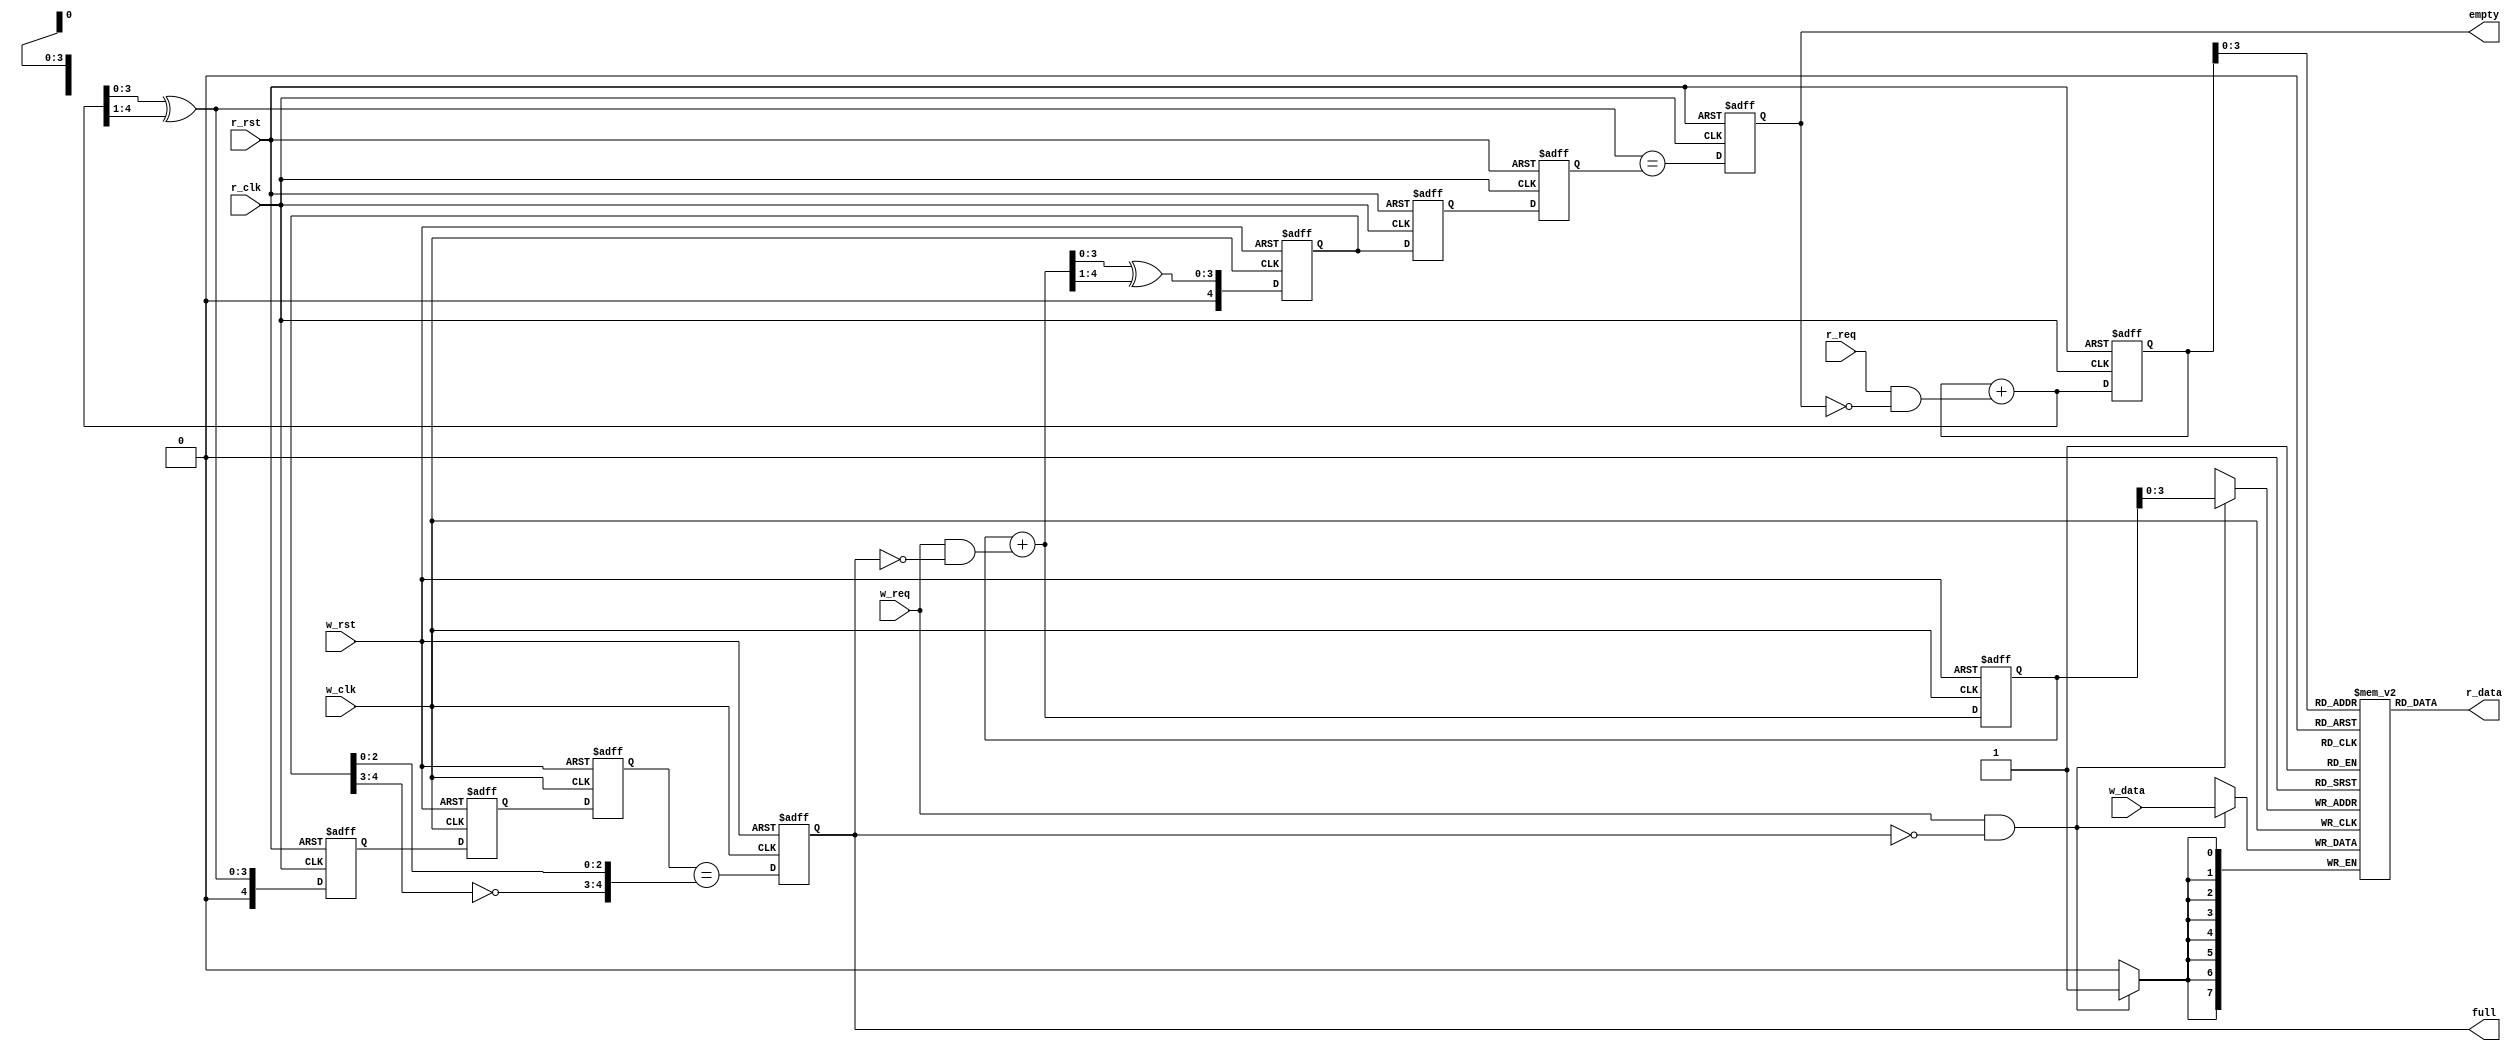
`timescale 1ns /1ns

module async_fifo#(parameter data_size=8, parameter array_size=4)
(
input w_req, w_clk, w_rst,
input r_req, r_clk, r_rst,
input [data_size-1:0]w_data,
output [data_size-1:0]r_data,
output reg full,empty
);

reg [array_size:0] wq2_rptr, wq1_rptr, rptr;
reg [array_size:0] rq2_wptr, rq1_wptr, wptr;
wire empty_wire;
wire full_wire;
wire [array_size-1:0] rptr_nxt;
reg [array_size:0] rbin;
wire [array_size:0] rbin_nxt;
reg [array_size:0] wbin;
wire [array_size:0] wbin_nxt;
wire [array_size-1:0] wptr_nxt;
wire [array_size-1:0] r_addr;
wire [array_size-1:0] w_addr;


///generate empty condition
assign empty_wire= (rptr_nxt == rq2_wptr);


///generate full condition
assign full_wire= (wq2_rptr == {~wptr[array_size:array_size-1], wptr[array_size-2:0]});


///synchronizing rptr to w_clk
always@(posedge w_clk or negedge w_rst)
begin
    if(!w_rst)
    begin
        {wq2_rptr, wq1_rptr}= 2'b0;
        full<=0;
    end
    
    else
    begin
        {wq2_rptr, wq1_rptr}= {wq1_rptr,rptr};
        full<=full_wire;
    end
end


///synchronizing wptr to r_clk
always@(posedge r_clk or negedge r_rst)
begin
    if(!r_rst)
    begin 
        {rq2_wptr, rq1_wptr}=2'b0;
        empty <= 0;
    end
    
    else
    begin
        {rq2_wptr, rq1_wptr}= {rq1_wptr,wptr};
        empty <= empty_wire;
    end
        
end


///generating read address for fifomem
assign rbin_nxt= rbin + (r_req & ~empty); 
always@(posedge r_clk or negedge r_rst)
begin 
    if(!r_rst)
        rbin<=0;
    else
        rbin<= rbin_nxt;
end
assign r_addr = rbin[array_size-1:0];


///generating write address for fifomem
assign wbin_nxt= wbin + (w_req & ~full);
always@(posedge w_clk or negedge w_rst)
begin
    if(!w_rst)
        wbin<=0;
    else 
        wbin<= wbin_nxt;
end
assign w_addr = wbin[array_size-1:0];


///generating rptr to send it to w_clk domain(binary to gray)
assign rptr_nxt = rbin_nxt ^ (rbin_nxt>>1);
always @ (posedge r_clk or negedge r_rst)
    if (!r_rst)
        rptr <= 0;
    else 
        rptr <= rptr_nxt;


///generating wptr to send it to r_clk domain(bin to gray)
assign wptr_nxt = wbin_nxt ^ (wbin_nxt>>1);
always @ (posedge w_clk or negedge w_rst)
    if (!w_rst)
        wptr <= 0;
    else 
        wptr <= wptr_nxt;
        
        
///fifo (read and write operations)
localparam DEPTH=(1<<array_size);
reg [data_size-1:0] mem[0:DEPTH-1];

assign r_data=mem[r_addr];    

always@(posedge w_clk)
    if(w_req & ~full)
        mem[w_addr]<=w_data;


endmodule